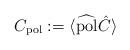
LaTeX: \begin{align*} C_{\rm pol}:=\langle\widehat{\rm pol}\hat{C}\rangle\end{align*}